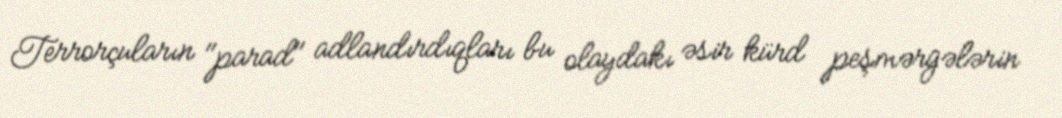
Terrorçuların "parad" adlandırdıqları bu olaydakı əsir kürd peşmərgələrin